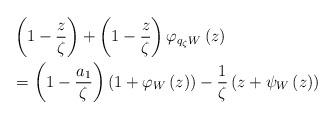
LaTeX: \begin{align*}& \left( 1-\dfrac{z}{\zeta}\right) +\left( 1-\dfrac{z}{\zeta}\right)\varphi_{q_{\zeta}W}\left( z\right) \\& =\left( 1-\dfrac{a_{1}}{\zeta}\right) \left( 1+\varphi_{W}\left( z\right)\right) -\dfrac{1}{\zeta}\left( z+\psi_{W}\left( z\right) \right) \end{align*}